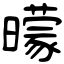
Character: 曚